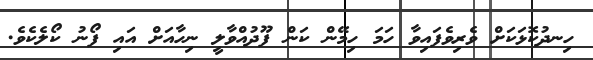
ހިނދުކޮޅަކަށް ވެރިވެފައިވާ ހަމަ ހިމޭން ކަން ފޫދުއްވާލީ ނިހާއަށް އައި ފޯނު ކޯލެކެވެ.